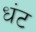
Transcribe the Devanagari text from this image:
धंट